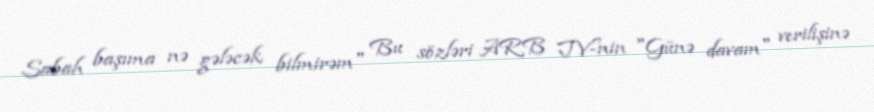
Sabah başıma nə gələcək bilmirəm" Bu sözləri ARB TV-nin "Günə davam" verilişinə